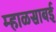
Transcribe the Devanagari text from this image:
म्हाळसाबई